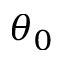
\theta _ { 0 }